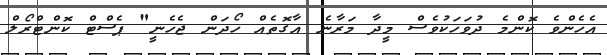
އެހެންވެ ކޮންމެ ދުވަހަކުވެސް މީދާ މަރާނެ އާގޮތެއް ހޯދަން ޖެހެނީ" ޕެސްޓް ކޮންޓްރޯލް